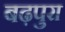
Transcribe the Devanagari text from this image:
बढ़पुरा